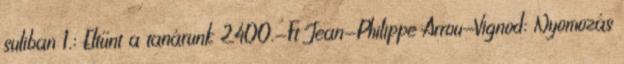
suliban 1.: Eltűnt a tanárunk 2400.-Ft Jean-Philippe Arrou-Vignod: Nyomozás